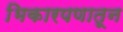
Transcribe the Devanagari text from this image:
भिकारपणातून